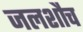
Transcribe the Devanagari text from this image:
जलशौच